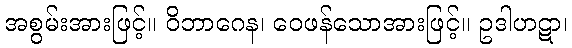
အစွမ်းအားဖြင့်။ ဝိဘာဂေန၊ ဝေဖန်သောအားဖြင့်။ ဥဒါဟဋာ၊